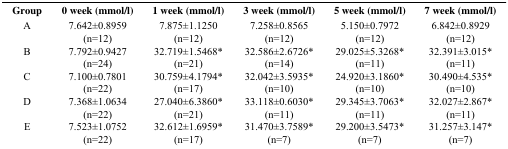
<table><thead><tr><td><b>Group</b></td><td><b>0 week (mmol/l)</b></td><td><b>1 week (mmol/l)</b></td><td><b>3 week (mmol/l)</b></td><td><b>5 week (mmol/l)</b></td><td><b>7 week (mmol/l)</b></td></tr></thead><tbody><tr><td>A</td><td>7.642±0.8959 (n=12)</td><td>7.875±1.1250 (n=12)</td><td>7.258±0.8565 (n=12)</td><td>5.150±0.7972 (n=12)</td><td>6.842±0.8929 (n=12)</td></tr><tr><td>B</td><td>7.792±0.9427 (n=24)</td><td>32.719±1.5468* (n=21)</td><td>32.586±2.6726* (n=14)</td><td>29.025±5.3268* (n=11)</td><td>32.391±3.015* (n=11)</td></tr><tr><td>C</td><td>7.100±0.7801 (n=22)</td><td>30.759±4.1794* (n=17)</td><td>32.042±3.5935* (n=10)</td><td>24.920±3.1860* (n=10)</td><td>30.490±4.535* (n=10)</td></tr><tr><td>D</td><td>7.368±1.0634 (n=22)</td><td>27.040±6.3860* (n=21)</td><td>33.118±0.6030* (n=11)</td><td>29.345±3.7063* (n=11)</td><td>32.027±2.867* (n=11)</td></tr><tr><td>E</td><td>7.523±1.0752 (n=22)</td><td>32.612±1.6959* (n=17)</td><td>31.470±3.7589* (n=7)</td><td>29.200±3.5473* (n=7)</td><td>31.257±3.147* (n=7)</td></tr></tbody></table>